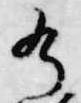
有